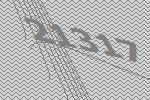
21317